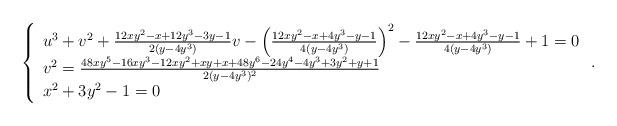
LaTeX: \begin{align*}\left\{\begin{array}{l}u^3+v^2+\frac{12 x y^2 - x + 12 y^3 - 3 y - 1}{2(y-4y^3)}v-\left(\frac{12 x y^2 - x + 4 y^3 - y - 1}{4(y-4y^3)}\right)^2-\frac{12 x y^2 - x + 4 y^3 - y - 1}{4(y-4y^3)}+1=0\\v^2=\frac{48 x y^5 - 16 x y^3 - 12 x y^2 + x y + x + 48 y^6 - 24 y^4 - 4 y^3 + 3 y^2 + y + 1}{2(y-4y^3)^2}\\x^2 + 3 y^2 - 1=0\\\end{array}\right..\end{align*}